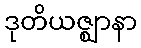
ဒုတိယဇ္ဈာနာ